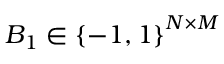
B _ { 1 } \in \left\{ - 1 , 1 \right\} ^ { N \times M }